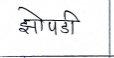
मजकूर: झोपडी